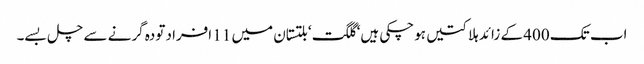
اب تک 400 کے زائد ہلاکتیں ہوچکی ہیں‘ گلگت‘ بلتستان میں 11 افراد تودہ گرنے سے چل بسے۔